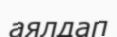
аялдап